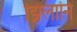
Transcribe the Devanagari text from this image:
झिलानि